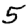
Digit: 5